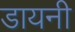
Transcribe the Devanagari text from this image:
डायनी